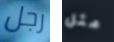
رجل مثل